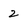
Character: 2